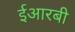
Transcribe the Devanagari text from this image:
ईआरबी